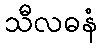
သီလဓနံ